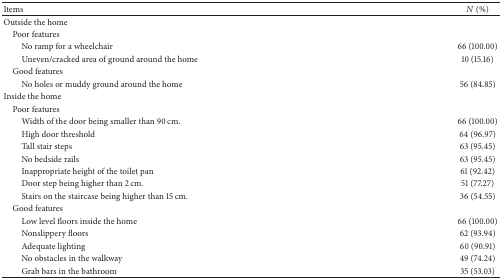
<table><thead><tr><td><b>Items</b></td><td><b><i>N</i> (%)</b></td></tr></thead><tbody><tr><td>Outside the home</td><td> </td></tr><tr><td> Poor features</td><td> </td></tr><tr><td>No ramp for a wheelchair</td><td>66 (100.00)</td></tr><tr><td>Uneven/cracked area of ground around the home</td><td>10 (15.16)</td></tr><tr><td> Good features</td><td> </td></tr><tr><td>No holes or muddy ground around the home</td><td>56 (84.85)</td></tr><tr><td>Inside the home</td><td> </td></tr><tr><td> Poor features</td><td> </td></tr><tr><td>Width of the door being smaller than 90 cm.</td><td>66 (100.00)</td></tr><tr><td>High door threshold</td><td>64 (96.97)</td></tr><tr><td>Tall stair steps</td><td>63 (95.45)</td></tr><tr><td>No bedside rails</td><td>63 (95.45)</td></tr><tr><td>Inappropriate height of the toilet pan</td><td>61 (92.42)</td></tr><tr><td>Door step being higher than 2 cm.</td><td>51 (77.27)</td></tr><tr><td>Stairs on the staircase being higher than 15 cm.</td><td>36 (54.55)</td></tr><tr><td> Good features</td><td> </td></tr><tr><td>Low level floors inside the home</td><td>66 (100.00)</td></tr><tr><td>Nonslippery floors</td><td>62 (93.94)</td></tr><tr><td>Adequate lighting</td><td>60 (90.91)</td></tr><tr><td>No obstacles in the walkway</td><td>49 (74.24)</td></tr><tr><td>Grab bars in the bathroom</td><td>35 (53.03)</td></tr></tbody></table>